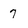
Character: 7